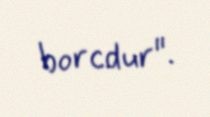
borcdur".